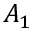
A _ { 1 }